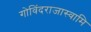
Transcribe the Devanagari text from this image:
गोविंदराजास्वामि